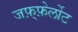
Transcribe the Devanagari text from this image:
जफ़्फ़ेर्लोट